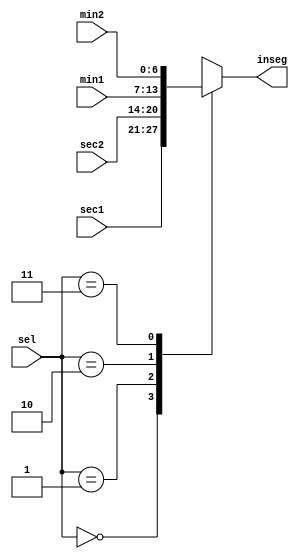
module MUX(input [6:0]sec1,sec2,min1,min2, input [1:0] sel , output reg [6:0] inseg );

always @(*) begin
case(sel)
2'b00:inseg=sec1;
2'b01:inseg=sec2;
2'b10:inseg=min1;
2'b11:inseg=min2;
endcase
end
endmodule
module mux_4_to_1(i,y,sel);
input [3:0]i;
input [1:0]sel;
output y;
assign y=(sel[1])?((sel[0])?i[3]:i[2]):((sel[0])?i[1]:i[0]);
endmodule


module mux4x1_7bits (i0, i1, i2, i3, y, sel);
    input  [6:0]i0, i1, i2, i3 ;
    input  [1:0] sel;
    output [6:0]y;
assign y=(sel[1])?((sel[0])? i3: i2):((sel[0])?i1 : i0);

endmodule